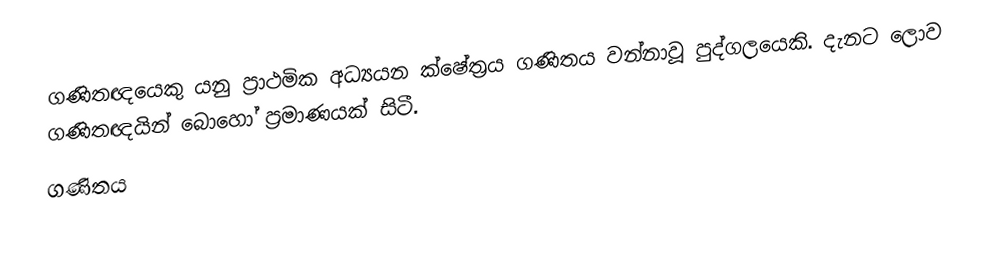
ගණිතඥයෙකු යනු ප්‍රාථමික අධ්‍යයන ක්ෂේත්‍රය ගණිතය වන්නාවූ පුද්ගලයෙකි.  දැනට ලොව ගණිතඥයින් බොහෝ ප්‍රමාණයක් සිටී.
ගණිතය